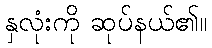
နှလုံးကို ဆုပ်နယ်၏။